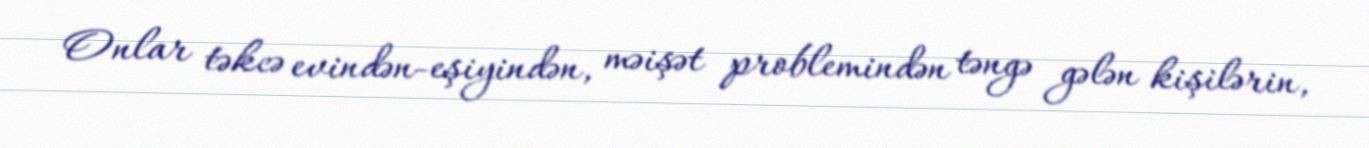
Onlar təkcə evindən-eşiyindən, məişət problemindən təngə gələn kişilərin,